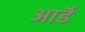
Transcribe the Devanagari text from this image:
आर्डॅ